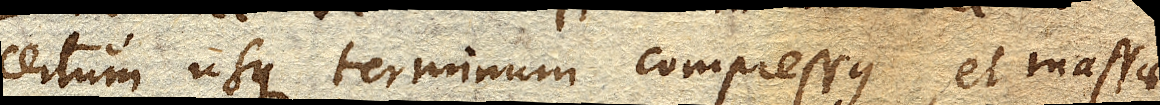
certum usque terminum compressus, et massae